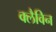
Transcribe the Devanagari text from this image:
क्लैविन